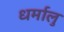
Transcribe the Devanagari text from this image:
धर्मालु